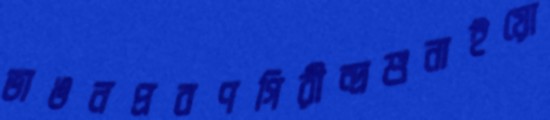
ভাঙনপ্রবণগিরীন্দ্রশুনাইয়ো